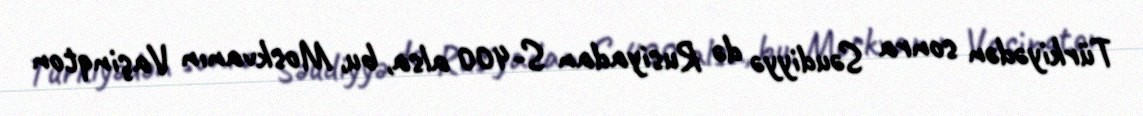
Türkiyədən sonra Səudiyyə də Rusiyadan S-400 alsa, bu, Moskvanın Vaşinqton